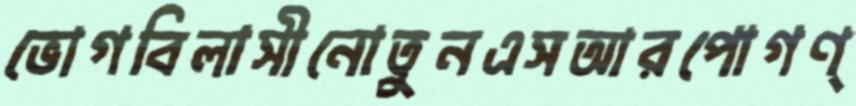
ভোগবিলাসীনোতুনএসআরপোগণ্